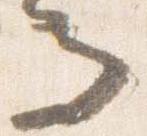
而